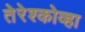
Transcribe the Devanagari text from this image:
तेरेश्कोव्हा